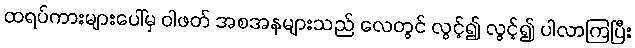
ထရပ်ကားများပေါ်မှ ဝါဖတ် အစအနများသည် လေတွင် လွင့်၍ လွင့်၍ ပါလာကြပြီး